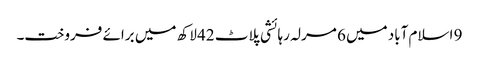
9 اسلام آباد میں 6 مرلہ رہائشی پلاٹ 42 لاکھ میں برائے فروخت۔